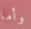
وأما